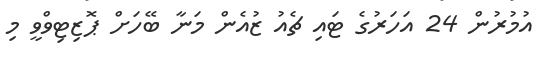
އުމުރުން 24 އަހަރުގެ ޓައި ޗެއު ޒުއެން މަނާ ބޭހަށް ޕޮޒިޓިވްވީ މި